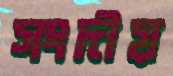
সংদীয়